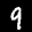
Label: 9